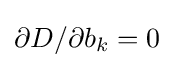
{\partial D/\partial b_{k}}=0